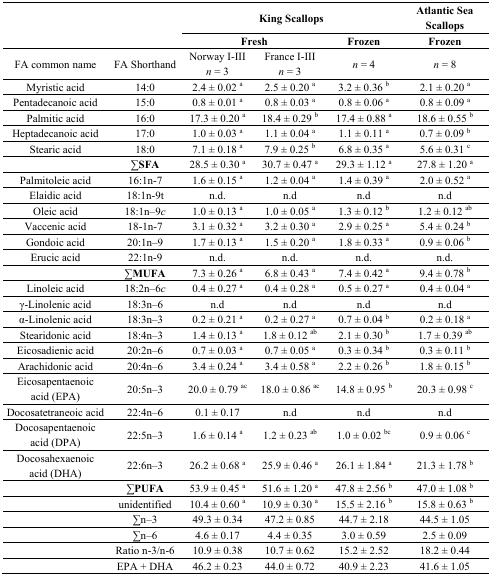
<table><thead><tr><td rowspan="2">[EMPTY_CELL]</td><td rowspan="2">[EMPTY_CELL]</td><td colspan="3"><b>King Scallops</b></td><td><b>Atlantic Sea Scallops</b></td></tr><tr><td colspan="2"><b>Fresh</b></td><td><b>Frozen</b></td><td><b>Frozen</b></td></tr></thead><tbody><tr><td>FA common name</td><td>FA Shorthand</td><td>Norway I-III <i>n</i> = 3</td><td>France I-III <i>n</i> = 3</td><td><i>n</i> = 4</td><td><i>n</i> = 8</td></tr><tr><td>Myristic acid</td><td>14:0</td><td>2.4 ± 0.02 <sup>a</sup></td><td>2.5 ± 0.20 <sup>a</sup></td><td>3.2 ± 0.36 <sup>b</sup></td><td>2.1 ± 0.20 <sup>a</sup></td></tr><tr><td>Pentadecanoic acid</td><td>15:0</td><td>0.8 ± 0.01 <sup>a</sup></td><td>0.8 ± 0.03 <sup>a</sup></td><td>0.8 ± 0.06 <sup>a</sup></td><td>0.8 ± 0.09 <sup>a</sup></td></tr><tr><td>Palmitic acid</td><td>16:0</td><td>17.3 ± 0.20 <sup>a</sup></td><td>18.4 ± 0.29 <sup>b</sup></td><td>17.4 ± 0.88 <sup>a</sup></td><td>18.6 ± 0.55 <sup>b</sup></td></tr><tr><td>Heptadecanoic acid</td><td>17:0</td><td>1.0 ± 0.03 <sup>a</sup></td><td>1.1 ± 0.04 <sup>a</sup></td><td>1.1 ± 0.11 <sup>a</sup></td><td>0.7 ± 0.09 <sup>b</sup></td></tr><tr><td>Stearic acid</td><td>18:0</td><td>7.1 ± 0.18 <sup>a</sup></td><td>7.9 ± 0.25 <sup>b</sup></td><td>6.8 ± 0.35 <sup>a</sup></td><td>5.6 ± 0.31 <sup>c</sup></td></tr><tr><td>[EMPTY_CELL]</td><td><b>∑SFA</b></td><td>28.5 ± 0.30 <sup>a</sup></td><td>30.7 ± 0.47 <sup>a</sup></td><td>29.3 ± 1.12 <sup>a</sup></td><td>27.8 ± 1.20 <sup>a</sup></td></tr><tr><td>Palmitoleic acid</td><td>16:1n-7</td><td>1.6 ± 0.15 <sup>a</sup></td><td>1.2 ± 0.04 <sup>a</sup></td><td>1.4 ± 0.39 <sup>a</sup></td><td>2.0 ± 0.52 <sup>a</sup></td></tr><tr><td>Elaidic acid</td><td>18:1n-9t</td><td>n.d.</td><td>n.d</td><td>n.d</td><td>n.d</td></tr><tr><td>Oleic acid</td><td>18:1n–9<i>c</i></td><td>1.0 ± 0.13 <sup>a</sup></td><td>1.0 ± 0.05 <sup>a</sup></td><td>1.3 ± 0.12 <sup>b</sup></td><td>1.2 ± 0.12 <sup>ab</sup></td></tr><tr><td>Vaccenic acid</td><td>18-1n-7</td><td>3.1 ± 0.32 <sup>a</sup></td><td>3.2 ± 0.30 <sup>a</sup></td><td>2.9 ± 0.25 <sup>a</sup></td><td>5.4 ± 0.24 <sup>b</sup></td></tr><tr><td>Gondoic acid</td><td>20:1n–9</td><td>1.7 ± 0.13 <sup>a</sup></td><td>1.5 ± 0.20 <sup>a</sup></td><td>1.8 ± 0.33 <sup>a</sup></td><td>0.9 ± 0.06 <sup>b</sup></td></tr><tr><td>Erucic acid</td><td>22:1n-9</td><td>n.d.</td><td>n.d.</td><td>n.d.</td><td>n.d.</td></tr><tr><td>[EMPTY_CELL]</td><td><b>∑MUFA</b></td><td>7.3 ± 0.26 <sup>a</sup></td><td>6.8 ± 0.43 <sup>a</sup></td><td>7.4 ± 0.42 <sup>a</sup></td><td>9.4 ± 0.78 <sup>b</sup></td></tr><tr><td>Linoleic acid</td><td>18:2n–6<i>c</i></td><td>0.4 ± 0.27 <sup>a</sup></td><td>0.4 ± 0.28 <sup>a</sup></td><td>0.5 ± 0.27 <sup>a</sup></td><td>0.4 ± 0.04 <sup>a</sup></td></tr><tr><td>γ-Linolenic acid</td><td>18:3n–6</td><td>n.d</td><td>n.d</td><td>n.d</td><td>n.d</td></tr><tr><td>α-Linolenic acid</td><td>18:3n–3</td><td>0.2 ± 0.21 <sup>a</sup></td><td>0.2 ± 0.27 <sup>a</sup></td><td>0.7 ± 0.04 <sup>b</sup></td><td>0.2 ± 0.18 <sup>a</sup></td></tr><tr><td>Stearidonic acid</td><td>18:4n–3</td><td>1.4 ± 0.13 <sup>a</sup></td><td>1.8 ± 0.12 <sup>ab</sup></td><td>2.1 ± 0.30 <sup>b</sup></td><td>1.7 ± 0.39 <sup>ab</sup></td></tr><tr><td>Eicosadienic acid</td><td>20:2n–6</td><td>0.7 ± 0.03 <sup>a</sup></td><td>0.7 ± 0.05 <sup>a</sup></td><td>0.3 ± 0.34 <sup>b</sup></td><td>0.3 ± 0.11 <sup>b</sup></td></tr><tr><td>Arachidonic acid</td><td>20:4n–6</td><td>3.4 ± 0.24 <sup>a</sup></td><td>3.4 ± 0.58 <sup>a</sup></td><td>2.2 ± 0.26 <sup>b</sup></td><td>1.8 ± 0.15 <sup>b</sup></td></tr><tr><td>Eicosapentaenoic acid (EPA)</td><td>20:5n–3</td><td>20.0 ± 0.79 <sup>ac</sup></td><td>18.0 ± 0.86 <sup>ac</sup></td><td>14.8 ± 0.95 <sup>b</sup></td><td>20.3 ± 0.98 <sup>c</sup></td></tr><tr><td>Docosatetraneoic acid</td><td>22:4n–6</td><td>0.1 ± 0.17</td><td>n.d</td><td>n.d</td><td>n.d</td></tr><tr><td>Docosapentaenoic acid (DPA)</td><td>22:5n–3</td><td>1.6 ± 0.14 <sup>a</sup></td><td>1.2 ± 0.23 <sup>ab</sup></td><td>1.0 ± 0.02 <sup>bc</sup></td><td>0.9 ± 0.06 <sup>c</sup></td></tr><tr><td>Docosahexaenoic acid (DHA)</td><td>22:6n–3</td><td>26.2 ± 0.68 <sup>a</sup></td><td>25.9 ± 0.46 <sup>a</sup></td><td>26.1 ± 1.84 <sup>a</sup></td><td>21.3 ± 1.78 <sup>b</sup></td></tr><tr><td>[EMPTY_CELL]</td><td><b>∑PUFA</b></td><td>53.9 ± 0.45 <sup>a</sup></td><td>51.6 ± 1.20 <sup>a</sup></td><td>47.8 ± 2.56 <sup>b</sup></td><td>47.0 ± 1.08 <sup>b</sup></td></tr><tr><td>[EMPTY_CELL]</td><td>unidentified</td><td>10.4 ± 0.60 <sup>a</sup></td><td>10.9 ± 0.30 <sup>a</sup></td><td>15.5 ± 2.16 <sup>b</sup></td><td>15.8 ± 0.63 <sup>b</sup></td></tr><tr><td>[EMPTY_CELL]</td><td>∑n–3</td><td>49.3 ± 0.34</td><td>47.2 ± 0.85</td><td>44.7 ± 2.18</td><td>44.5 ± 1.05</td></tr><tr><td>[EMPTY_CELL]</td><td>∑n–6</td><td>4.6 ± 0.17</td><td>4.4 ± 0.35</td><td>3.0 ± 0.59</td><td>2.5 ± 0.09</td></tr><tr><td>[EMPTY_CELL]</td><td>Ratio n-3/n-6</td><td>10.9 ± 0.38</td><td>10.7 ± 0.62</td><td>15.2 ± 2.52</td><td>18.2 ± 0.44</td></tr><tr><td>[EMPTY_CELL]</td><td>EPA + DHA</td><td>46.2 ± 0.23</td><td>44.0 ± 0.72</td><td>40.9 ± 2.23</td><td>41.6 ± 1.05</td></tr></tbody></table>